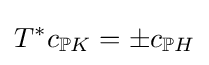
T^{*}c_{\mathbb {P} K}=\pm c_{\mathbb {P} H}